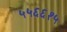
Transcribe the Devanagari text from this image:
५५६६१५